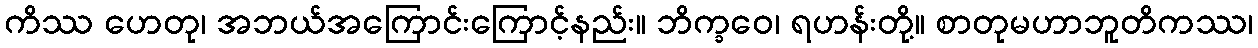
ကိဿ ဟေတု၊ အဘယ်အကြောင်းကြောင့်နည်း။ ဘိက္ခဝေ၊ ရဟန်းတို့။ စာတုမဟာဘူတိကဿ၊